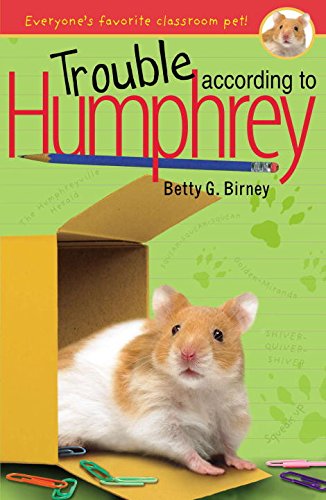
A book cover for Trouble According to Humphrey; Betty G. Birney; Children's Books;